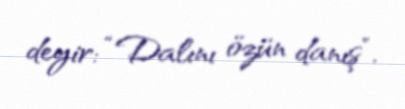
deyir: “Dalını özün danış”.